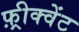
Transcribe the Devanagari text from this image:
फ़्रीक्वेंट